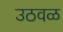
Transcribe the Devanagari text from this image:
उठवळ